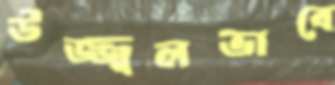
উজ্জ্বলভাবে